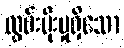
လွှမ်းမိုးမှုရှိသော